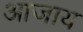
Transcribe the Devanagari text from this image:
आजाय